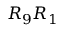
R _ { 9 } R _ { 1 }